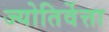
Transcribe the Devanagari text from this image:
ज्योतिर्वेत्ता